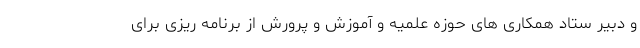
و دبیر ستاد همکاری های حوزه علمیه و آموزش و پرورش از برنامه ریزی برای